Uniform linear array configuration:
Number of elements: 32
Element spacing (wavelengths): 0.75
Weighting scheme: uniform
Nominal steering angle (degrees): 30
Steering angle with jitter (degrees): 31.43
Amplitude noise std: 0.05
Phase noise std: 0.05

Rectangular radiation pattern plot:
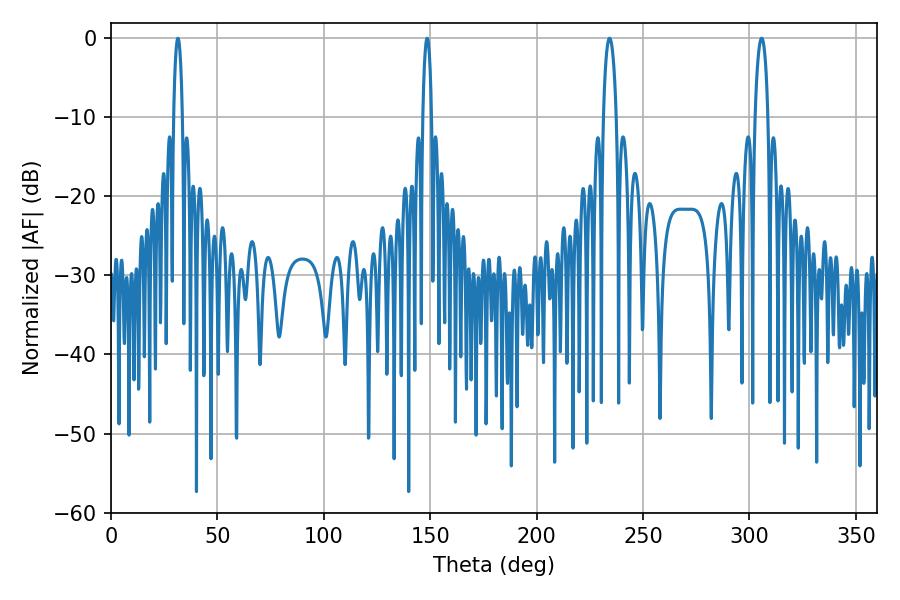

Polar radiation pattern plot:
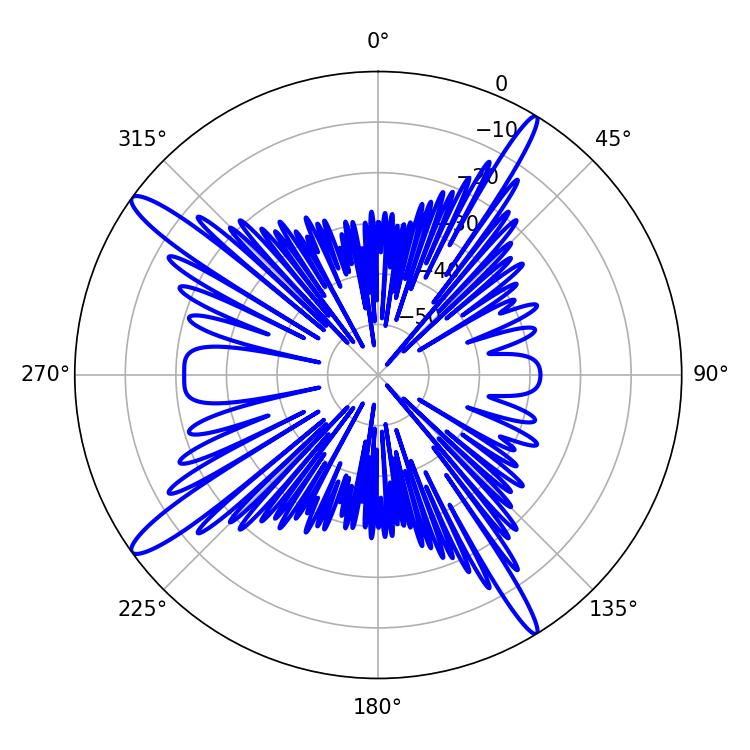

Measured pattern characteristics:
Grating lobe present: TRUE
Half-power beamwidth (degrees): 3.42
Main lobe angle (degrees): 305.82